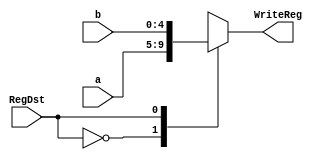
`timescale 1ns / 1ps
//////////////////////////////////////////////////////////////////////////////////
// Company: 
// Engineer: 
// 
// Design Name: 
// Module Name:    Multiplexer_1 
// Project Name: 
// Target Devices: 
// Tool versions: 
// Description: 
//
// Dependencies: 
//
// Revision: 
// Revision 0.01 - File Created
// Additional Comments: This multiplexer chooses which register to write to. 
//								0 = (Load Word) Chooses Instruction [20:16] (a)
//								1 = (R-type) Chooses Instruction [15:11] (b)
//////////////////////////////////////////////////////////////////////////////////
module Multiplexer_1( input [4:0] a,
							 input [4:0] b,
							 input RegDst,
							 output [4:0] WriteReg
							 );
	reg [4:0] temp;
	always @(*) begin 
		case (RegDst)
			0: temp <= a;
			1: temp <= b;
		endcase 
	end 

	assign WriteReg = temp;

endmodule